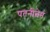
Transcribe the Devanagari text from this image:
पतनीत्वेन